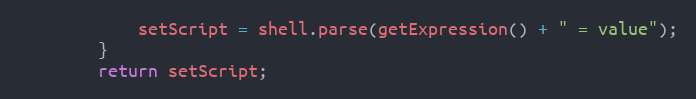
Language: Java
            setScript = shell.parse(getExpression() + " = value");
        }
        return setScript;